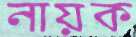
নায়ক